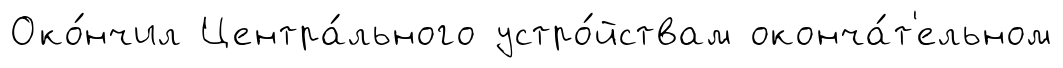
Око́нчил Центра́льного устро́йствам оконча́т'ельном